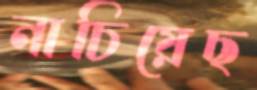
নাচিয়েছ